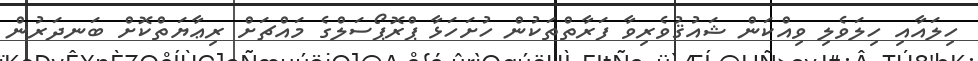
ހިލައާއި ހިލަވެލި ވިއްކަން ޝައުޤުވެރިވާ ފަރާތްތަކުން ހުށަހަޅާ ޕްރޮޕޯސަލްގެ މައްޗަށް ރިޢާޔަތްކޮށް ބަނދަރުން